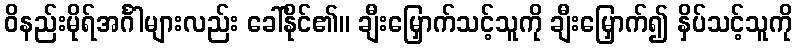
ဝိနည်းမိုရ်အင်္ဂါများလည်း ခေါ်နိုင်၏။ ချီးမြှောက်သင့်သူကို ချီးမြှောက်၍ နှိပ်သင့်သူကို